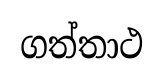
ගත්තාථ